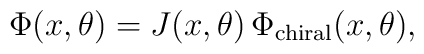
\Phi (x,\theta)=J(x,\theta) \, \Phi_{\rm chiral}(x,\theta),